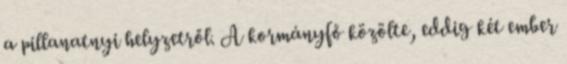
a pillanatnyi helyzetről. A kormányfő közölte, eddig két ember